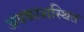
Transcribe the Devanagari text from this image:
अवकाशस्थित